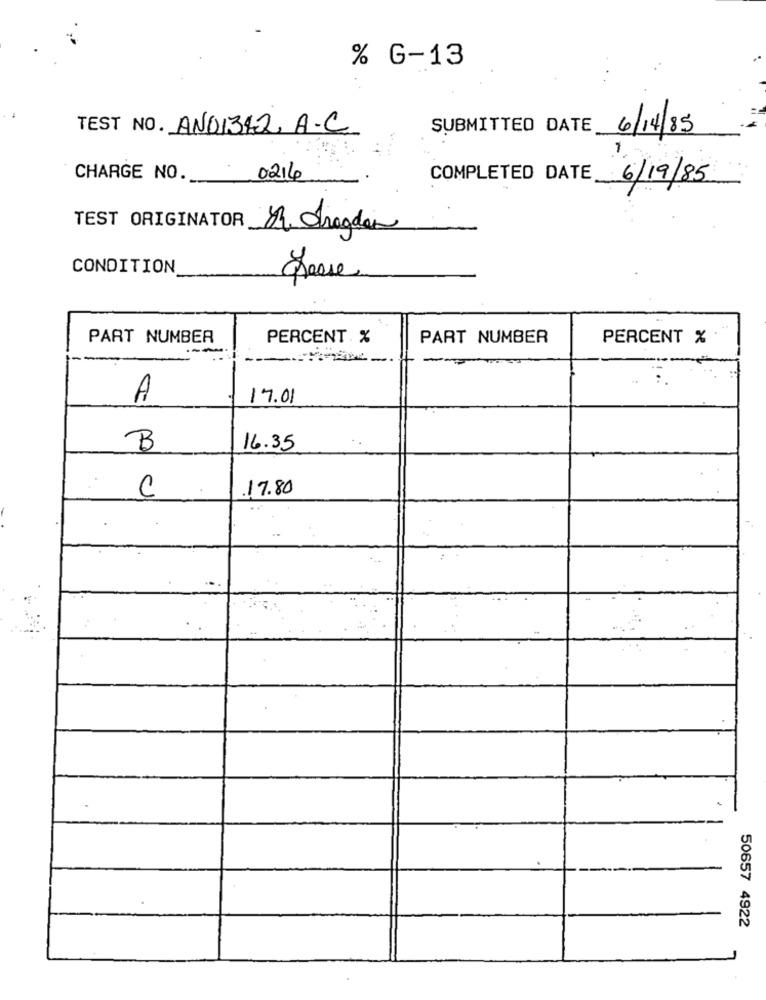
% G-13
TEST NO. ANO1342 A.C.
SUBMITTED DATE 6/14/85
CHARGE NO. 0216
COMPLETED DATE_
6/19/85
TEST ORIGINATOR
CONDITION
Presse
PART NUMBER
PERCENT %
PART NUMBER
PERCENT %
---
A
17.01
B
16.35
C
17.80
50657 4922